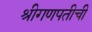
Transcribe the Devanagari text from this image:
श्रीगणपतीची